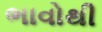
ભાવોથી